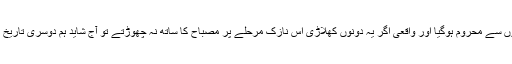
یوں پاکستان 9 وکٹوں سے محروم ہوگیا اور واقعی اگر یہ دونوں کھلاڑی اس نازک مرحلے پر مصباح کا ساتھ نہ چھوڑتے تو آج شاید ہم دوسری تاریخ پیش کررہے ہوتے۔